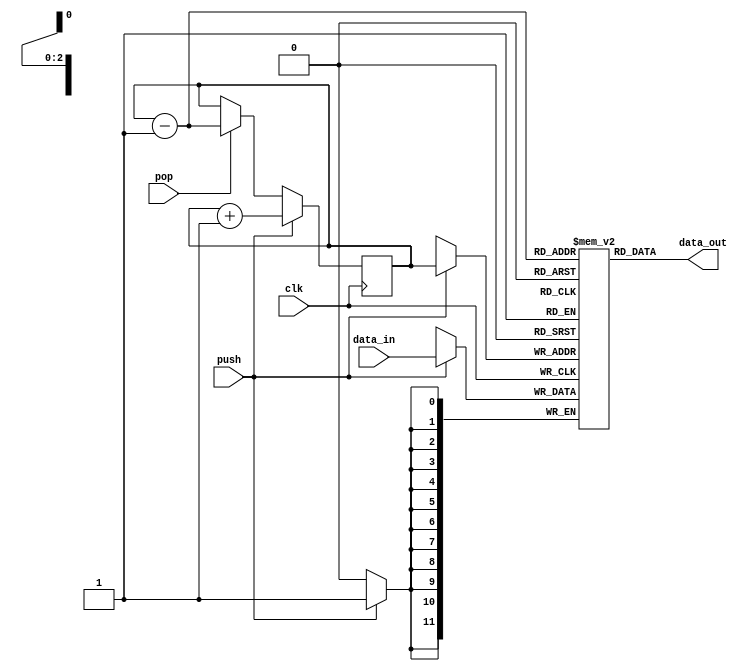
module Stack(input clk, push, pop, input [11:0] data_in, output reg [11:0] data_out);
	reg [11:0] registers [7:0];
	reg [2:0] top = 3'b0;
	
	always@(posedge clk) begin
		if(push) begin
			registers [top] = data_in;
			top = top + 3'b1;
		end
		else if (pop)
			top = top - 3'b1; 
	end 
	always@(top)
		data_out = registers [top-3'b1];
	
endmodule

module test_stack();
	wire [11:0] out;
	reg clk = 0, push = 0, pop = 0;
	reg [11:0] in;
	Stack st(clk, push,pop, in, out);
	
	initial repeat(20) #5 clk = ~clk;
	
	initial begin
		in = 12'd31;
		push = 1;
		#12 in = 12'd1023;
		#10 push = 0; pop = 1;
		#30 $stop;
	end
	
endmodule